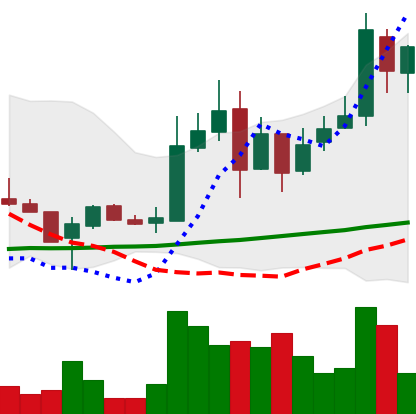
Ticker: LTC-USD
Chart end date: 2017-11-18
Forward return: 5.14%
Label: up_5_7